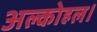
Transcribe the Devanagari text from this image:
अल्कोहल।